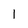
Character: 1